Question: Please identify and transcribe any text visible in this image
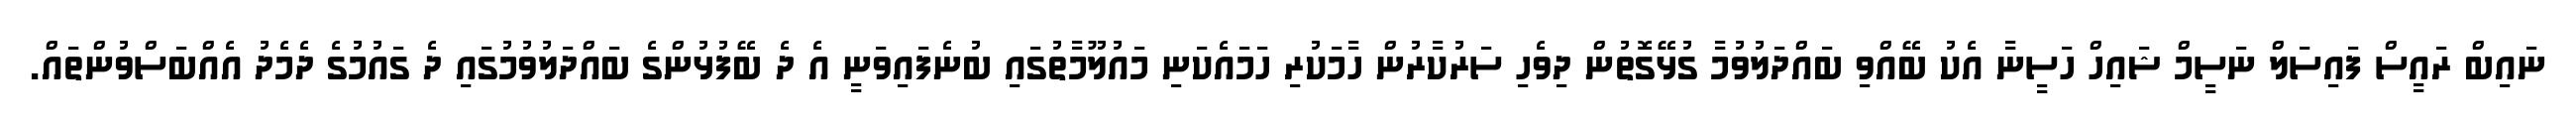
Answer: ނައިބް ރައީސް ފައިސަލް ނަސީމް ޝައިހް ހަސީނާ އެކު ބޭއްވި ބައްދަލުވުމާ ގުޅޭގޮތުން ދިވެހި ސަރުކާރުން ހާމަކުރި ހަމައެކަނި މައުލޫމާތުގައި ބުނެފައިވަނީ އެ ދެ ބޭފުޅުންގެ ބައްދަލުވުމުގައި ދެ ގައުމުގެ ދެމެދު އެއްބަސްވުންތައް.